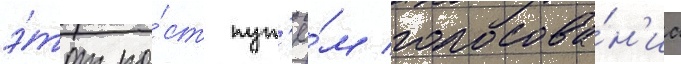
э́тот по́ст пут'ё́м голосова́н'иа